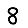
Digit: 8